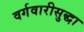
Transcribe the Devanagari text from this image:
वर्गवारीसुद्धा